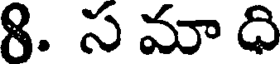
8. స మా ధి